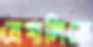
নেপালিকে